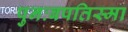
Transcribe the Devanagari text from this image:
पुनःबपतिस्मा